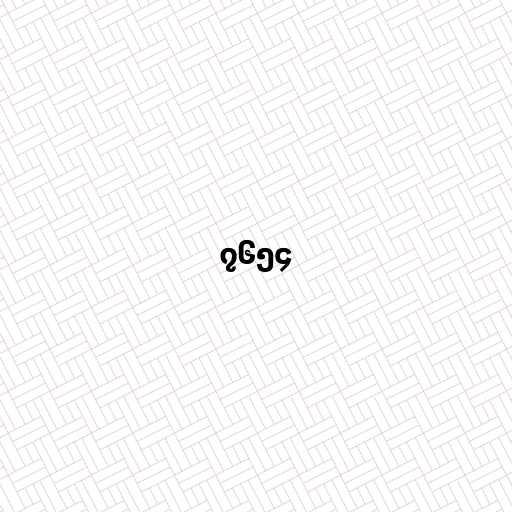
၇၆၅၄